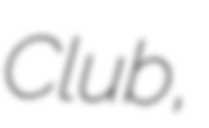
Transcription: Club,